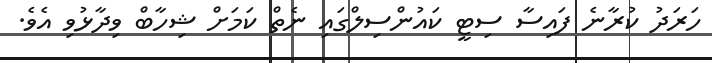
ހަރަދު ކުރާނެ ފައިސާ ސިޓީ ކައުންސިލްގައި ނެތް ކަމަށް ޝިހާބް ވިދާޅުވި އެވެ.